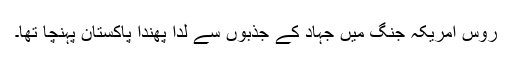
روس امریکہ جنگ میں جہاد کے جذبوں سے لدا پھندا پاکستان پہنچا تھا۔